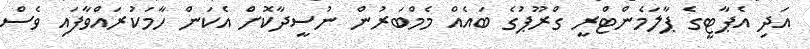
އަދި އެޕާޓީގެ ޕާލަމެންޓްރީ ގްރޫޕުގެ ބައެއް މެމްބަރުން ނުސީދާކޮށް އެކަން ހާމަކުރައްވާފައި ވެސް